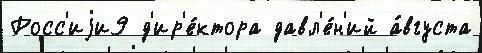
Росс'иjи9 д'ир'е́ктора давл'е́н'ий а́вгуста